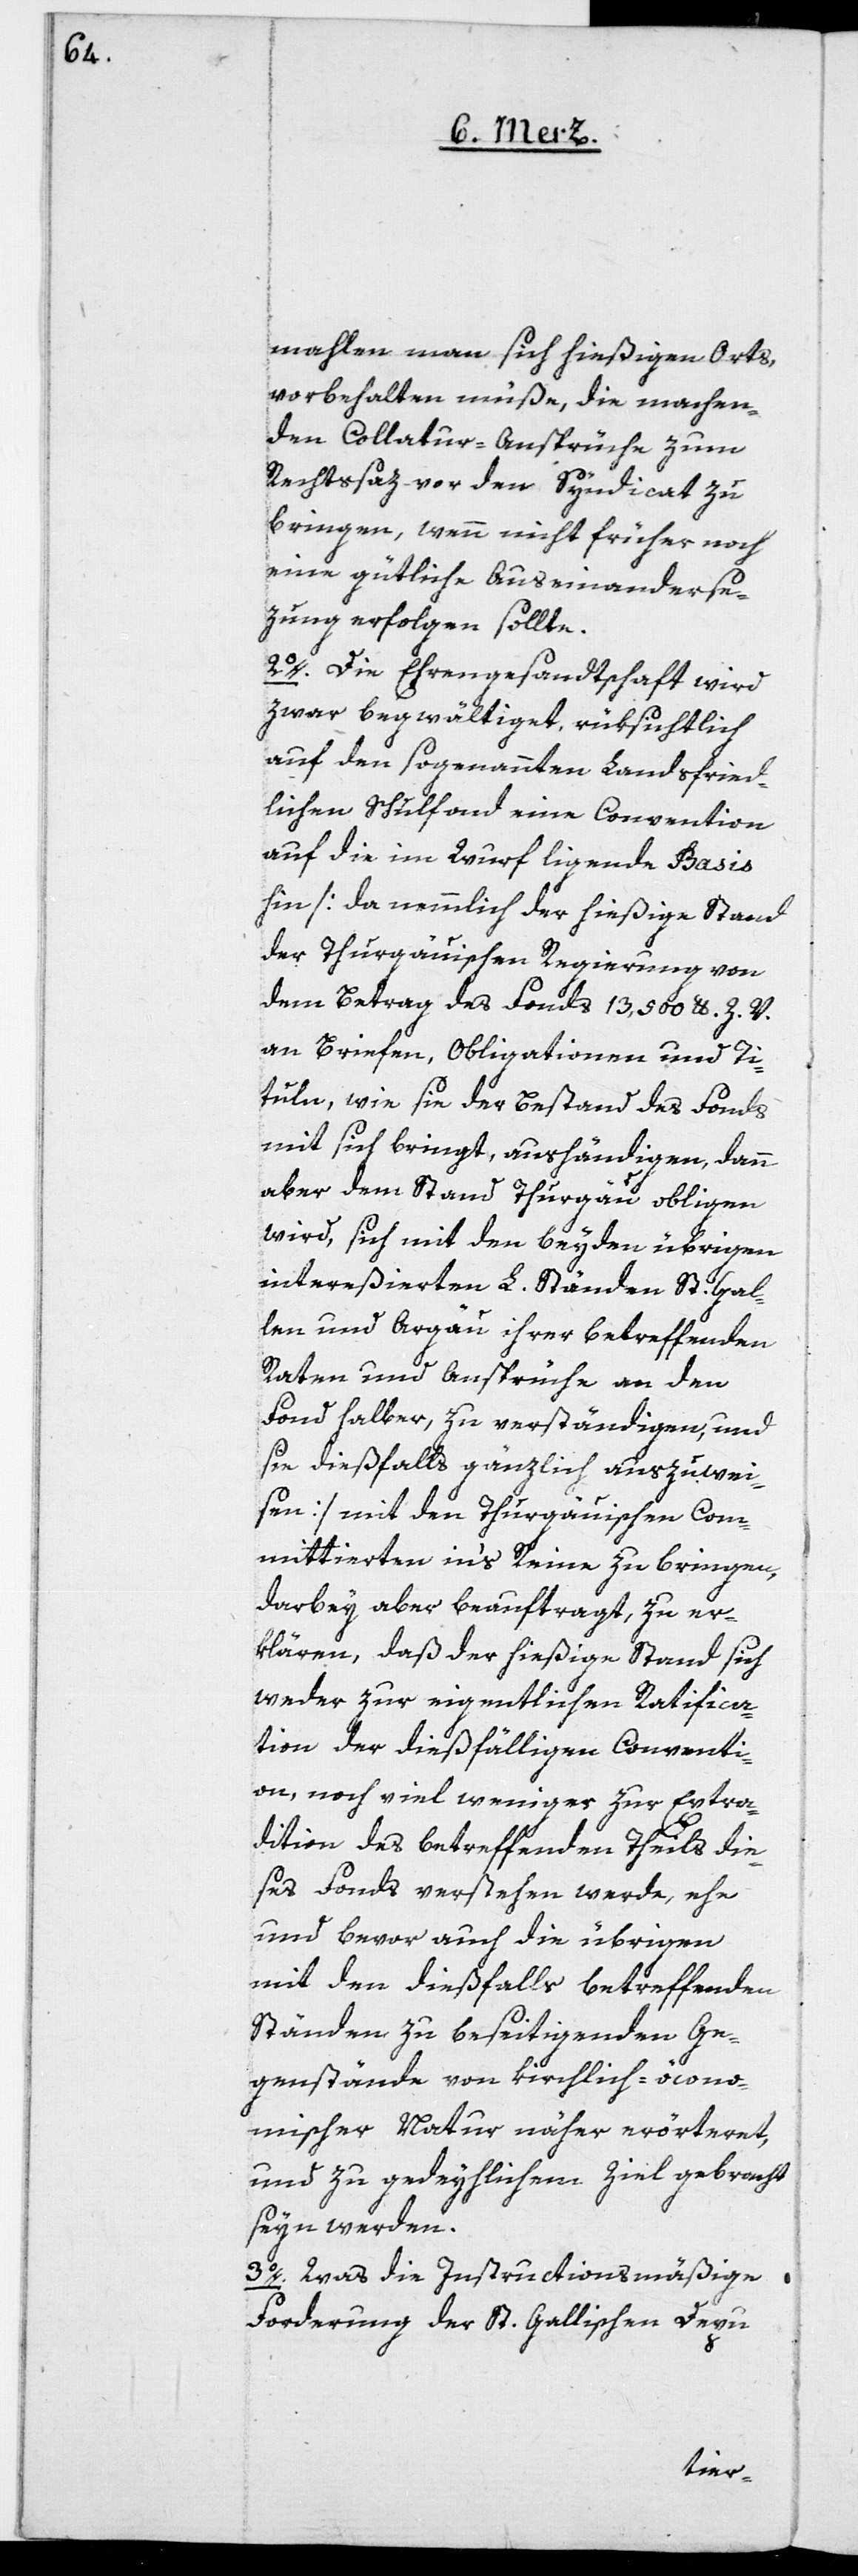
mahlen man sich hießigen Orts
vorbehalten müße, die machen¬
den Collatur-Ansprüche zum
Rechtssaz vor den Syndicat zu
bringen, wenn nicht früher noch
eine gütliche Auseinanderse¬
zung erfolgen sollte.
2o. Die Ehrengesandtschaft wird
zwar begwältiget, rüksichtlich
auf den sogenannten Landsfried¬
lichen Schulfond eine Convention
auf die im Wurf ligende Basis
hin [da nemmlich der hießige Stand
der Thurgauischen Regierung von
dem Betrag des Fonds 13,500 lb. Z. V.
an Briefen, Obligationen und Ti¬
tuln, wie sie der Bestand des Fonds
mit sich bringt, aushändigen, dann
aber dem Stand Thurgau obligen
wird, sich mit den beyden übrigen
intereßierten L. Ständen St. Gal¬
len und Argäu ihrer betreffenden
Raten und Ansprüche an den
Fond halber, zu verständigen, und
sie dießfalls gänzlich auszuwei¬
sen] mit den Thurgauischen Com¬
mittierten in’s Reine zu bringen,
darbey aber beauftragt, zu er¬
klären, daß der hießige Stand sich
weder zur eigentlichen Ratifica¬
tion der dießfälligen Conventi¬
on, noch viel weniger zur Extra¬
dition des betreffenden Theils die¬
ses Fonds verstehen werde, ehe
und bevor auch die übrigen
mit den dießfalls betreffenden
Ständen zu beseitigenden Ge¬
genstände von kirchlich-öcono¬
mischer Natur näher erörteret,
und zu gedeyhlichem Ziel gebracht
seyn werden.
3o. Was die Instructionsmäßige
Forderung der St. Gallischen Depu-